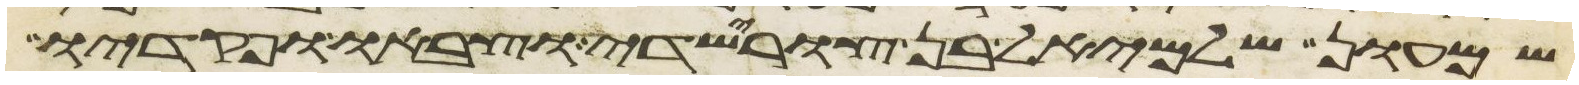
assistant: שמעון שלמיאל בן צורישדי וצבאו ופקדיו